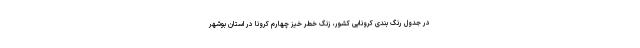
در جدول رنگ بندی کرونایی کشور، زنگ خطر خیز چهارم کرونا در استان بوشهر